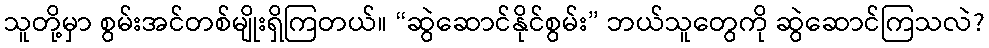
သူတို့မှာ စွမ်းအင်တစ်မျိုးရှိကြတယ်။ “ဆွဲဆောင်နိုင်စွမ်း” ဘယ်သူတွေကို ဆွဲဆောင်ကြသလဲ?